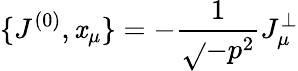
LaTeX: \{ J^{(0)},\mathit{x}_{\mu}\} =-\frac{{1}}{{\sqrt{}{{-p^{2}}}}}J_{\mu}^{\bot}